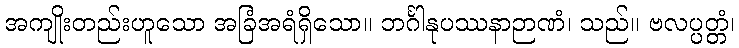
အကျိုးတည်းဟူသော အခြံအရံရှိသော။ ဘင်္ဂါနုပဿနာဉာဏံ၊ သည်။ ဗလပ္ပတ္တံ၊